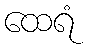
ထေရံ